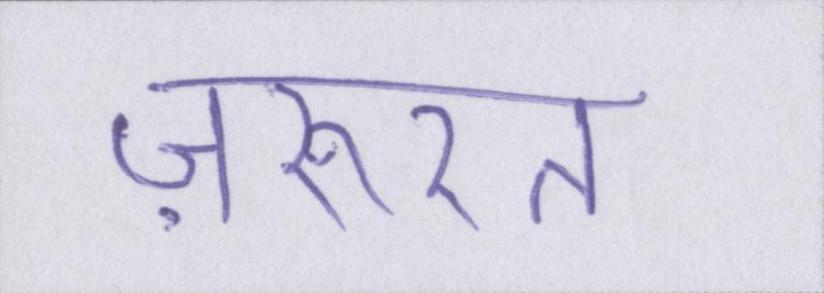
ज़रूरत